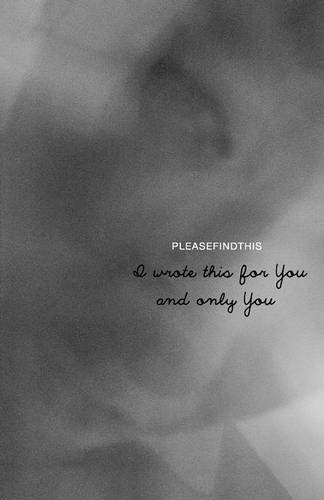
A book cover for I Wrote This For You and Only You; pleasefindthis; Literature & Fiction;